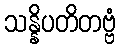
သန္နိပတိတဗ္ဗံ